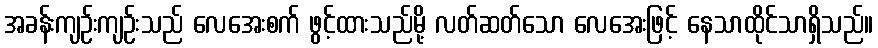
အခန်းကျဉ်းကျဉ်းသည် လေအေးစက် ဖွင့်ထားသည်မို့ လတ်ဆတ်သော လေအေးဖြင့် နေသာထိုင်သာရှိသည်။